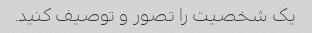
یک شخصیت را تصور و توصیف کنید.